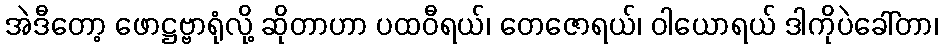
အဲဒီတော့ ဖောဋ္ဌဗ္ဗာရုံလို့ ဆိုတာဟာ ပထဝီရယ်၊ တေဇောရယ်၊ ဝါယောရယ် ဒါကိုပဲခေါ်တာ၊